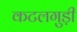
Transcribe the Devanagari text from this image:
कटलगुड़ी